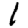
Digit: 1